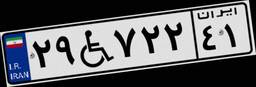
۱۸W۹۴۹۷۶